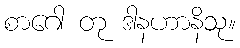
စာဂေါ တု ဒါနဟာနိသု။